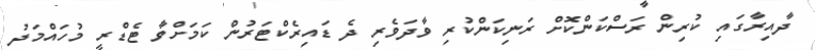
ދާއިރާގައި ކުރިން ރަސްކަންކޮށް ރަނިކަންކުރި ވާދަވެރި ދެ ޑައިރެކްޓަރުން ކަމަށްވާ ޓެޑްރީ މުހައްމަދު